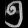
Digit: ၅